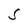
Character: S